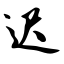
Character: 迟